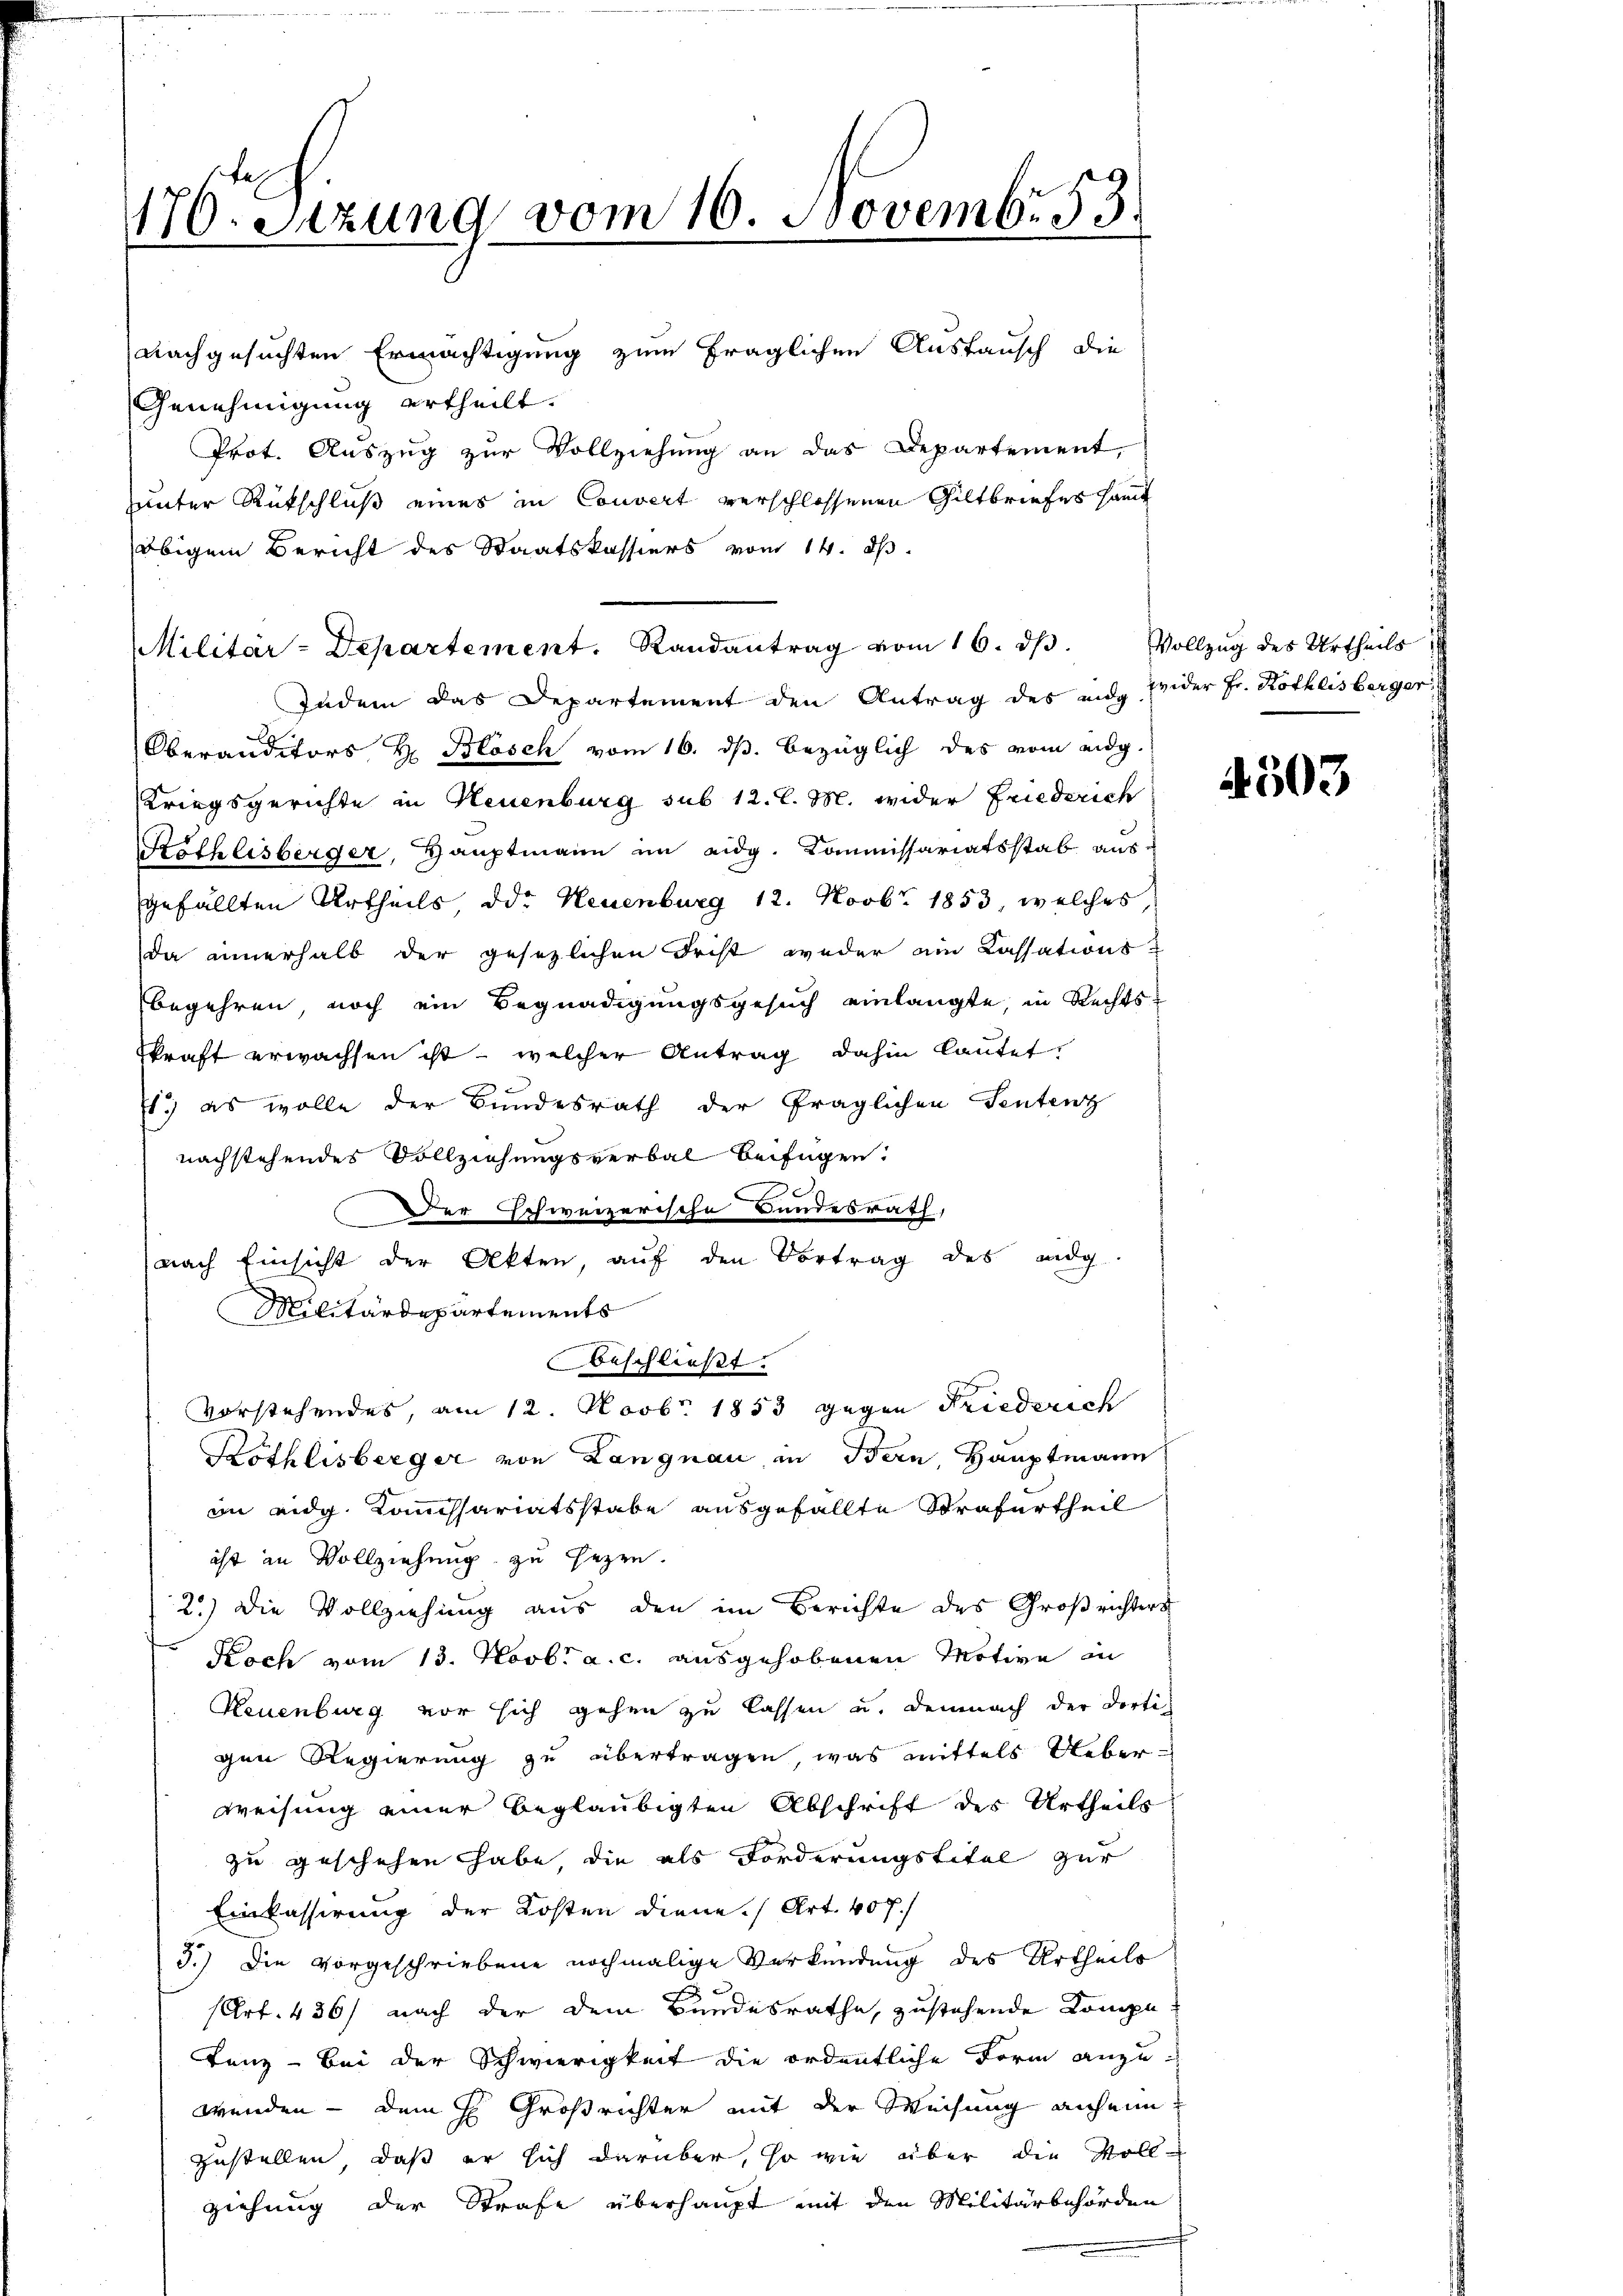
170. Setzung vom 10. Novembr 53.

nachgesuchten Ermächtigung zum fraglichen Austausch die
Genehmigung ertheilt.
Prot. Auszug zur Vollziehung an das Departement,
hunter Rückschluß eines in Couvert verschlossenen Giltbriefes Haut
obigem Bericht des Staatskassiers vom 14. d.
Indem das Departement den Antrag des eidg. Wider Fr. Röthlisberger
Oberanditors H. Blosch vom 16. ds. bezüglich des vom eidg.
Kriegsgerichte in Neuenburg sub 12. l. M. wider Friederich
Köthlisberger, Hauptmann im eidg. Kommissariatsstab ausgefällten Urtheils, od. Neuenburg 12. Novbr. 1853, welches,
da einerhalb der gesetzlichen Frist weder ein Cassationsbegehren, noch ein Begnadigungsgesuch einlangte, in Rechtsskraft erwachsen ist - welcher Antrag dahin lautet,
1.) es wolle der Bundesrath der fraglichen Sentenz
nachstehendes Vollziehungsverbal beifügen:
Der Schweizerische Bundesrath,
nach Einsicht der Akten, aŭf den Vortrag des Badg
Militärdepartements
beschließt:
vorstehendes, am 12. Novb. 1853 gegen Friederich
Kothlisberger von Langnau, in Bern, Hauptmann
im eidg. Komissariatsstabe ausgefällte Strafurtheil
ist in Vollziehung zu sezen.
2.) Die Vollziehung aus den im Berichte des Großrichters
Koch vom 13. Novbr a. c. ausgehobenen Motive in
Reuenburg vor sich gehen zu lassen u. demnach der dortigen Regierung zu übertragen, was mittels Ueberweisung einer beglaubigten Abschrift des Urtheils
zu geschehen habe, die als Forderungstitel zur
Einkassirung der Kosten diene. (Art. 407.
3.) Die vorgeschriebene nochmalige Verkündung des Urtheils
(Art. 436) nach der dem Bundesrathe, zustehende Kompe¬
Tanz - Bei der Schwierigkeit die ordentliche Form anzuwenden – dem H. Großrichter mit der Weisung anheim
zustellen, daß er sich darüber, so wie über die Voll-
ziehung der Strafe überhaupt mit den Militärbehörden

Militär-Departement. Randantrag vom 16. dβ. Vollzug des Urtheils

4503